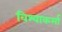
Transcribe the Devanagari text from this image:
विश्वाकर्मा